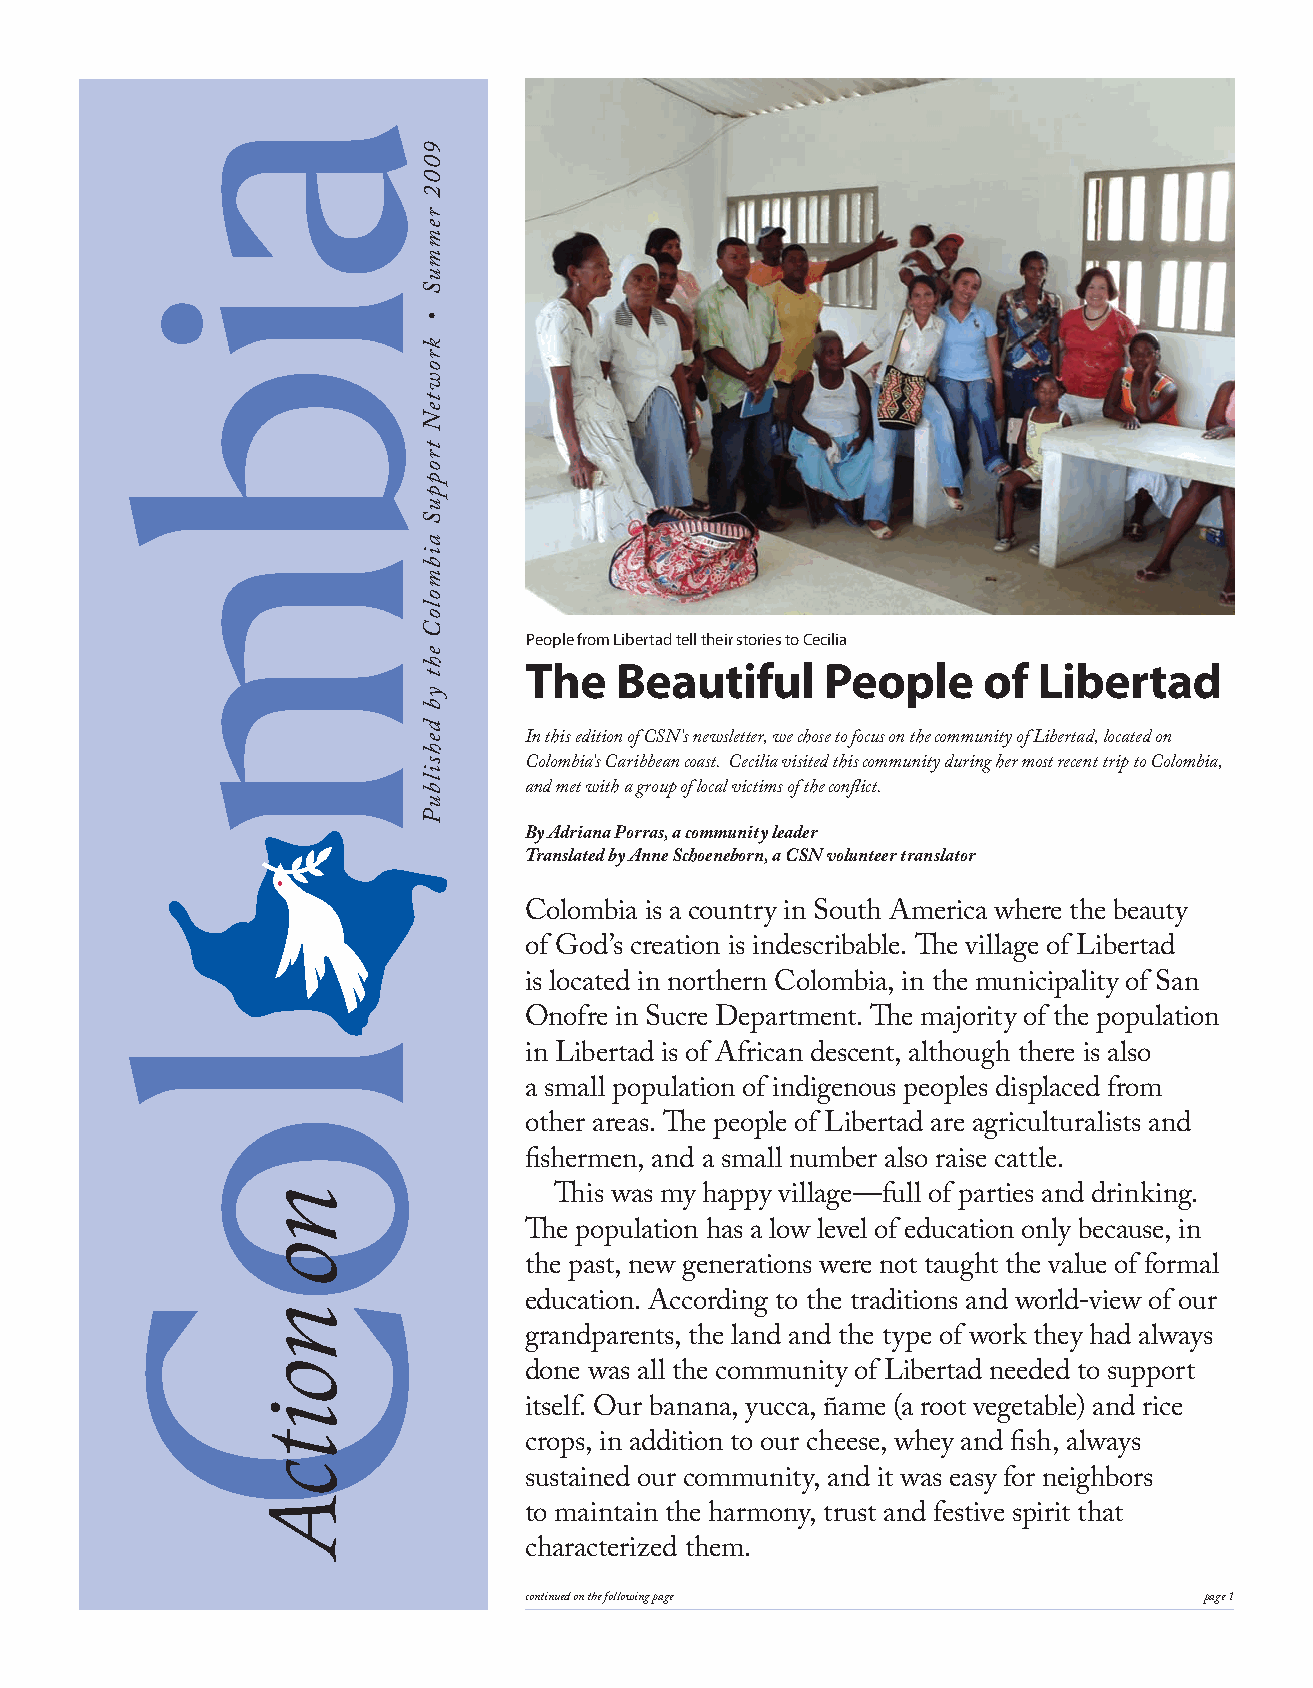
People from Libertad tell their stories to Cecilia
 The   Beautiful     People    of  Libertad
 In this edition of CSN’s newsletter, we chose to focus on the community of Libertad, located on
 Colombia’s Caribbean coast. Cecilia visited this community during her most recent trip to Colombia,
 and met with a group of local victims of the conflict.
 By Adriana Porras, a community leader
 Translated by Anne Schoeneborn, a CSN volunteer translator
 Colombia is a country in South America where the beauty
 of God’s creation is indescribable. The village of Libertad
 is located in northern Colombia, in the municipality of San
 Onofre in Sucre Department. The majority of the population
 in Libertad is of African descent, although there is also
 a small population of indigenous peoples displaced from
 other areas. The people of Libertad are agriculturalists and
 fishermen, and a small number also raise cattle.
 This was my happy village—full of parties and drinking.
 The population has a low level of education only because, in
 the past, new generations were not taught the value of formal
 education. According to the traditions and world-view of our
 grandparents, the land and the type of work they had always
 done was all the community of Libertad needed to support
 itself. Our banana, yucca, ñame (a root vegetable) and rice
 crops, in addition to our cheese, whey and fish, always
 sustained our community, and it was easy for neighbors
 to maintain the harmony, trust and festive spirit that
 characterized them.
 continued on the following page              page 1
 9002
 remmuS
 •
 krowteN
 troppuS
 aibmoloC
 eht
 yb
 dehsilbuP